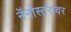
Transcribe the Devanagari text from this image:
नॅनोस्तरावर